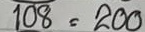
108 = 200